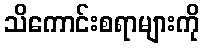
သိကောင်းစရာများကို